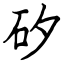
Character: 矽